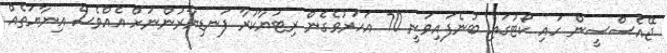
ޖޭއެސްސީން ހައި ކޯޓުގައި ބުނެފައިވަނީ 70 އަހަރުވެގެން ރިޓަޔާކުރާ ފަނޑިޔާރުންނަށް އެއްވެސް އިނާޔަތެއް